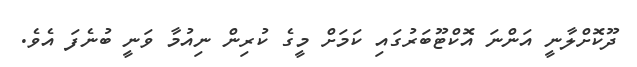
ދޫކޮށްލާނީ އަންނަ އޮކްޓޫބަރުގައި ކަމަށް މީގެ ކުރިން ނިއުމާ ވަނީ ބުނެފަ އެވެ.